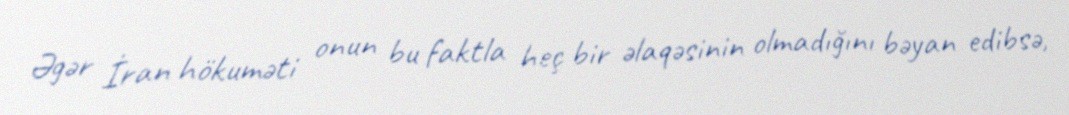
Əgər İran hökuməti onun bu faktla heç bir əlaqəsinin olmadığını bəyan edibsə,